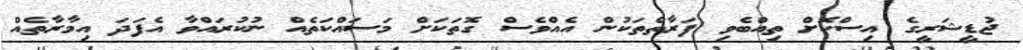
ޖުޑީޝަރީގެ އިސްކޮށް ތިއްބެވި ފަރާތްތަކުން އެއްވެސް ގޮތަކަށް މަސައްކަތެއް ނުކުރައްވާ އެފަދަ އިމާރާތެއް